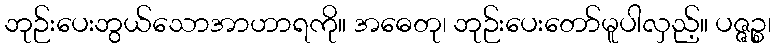
ဘုဉ်းပေးဘွယ်သောအာဟာရကို။ အဓေတု၊ ဘုဉ်းပေးတော်မူပါလှည့်။ ပဇ္ဇဉ္စ၊